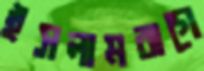
ইসলামবাগে